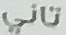
تاني